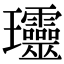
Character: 𤫩